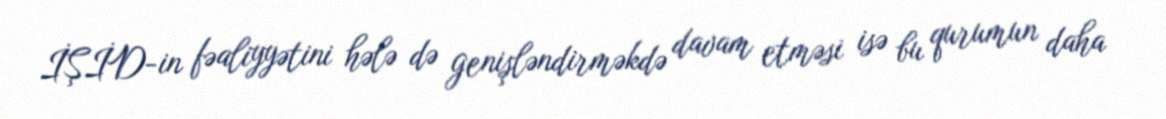
İŞİD-in fəaliyyətini hələ də genişləndirməkdə davam etməsi isə bu qurumun daha